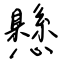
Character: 懸